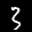
Label: 3